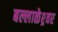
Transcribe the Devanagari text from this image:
बल्लाळेश्र्वर